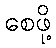
စေဖို့